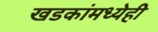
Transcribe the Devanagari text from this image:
खडकांमध्येही